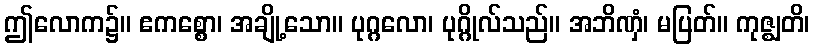
ဤလောက၌။ ဧကစ္စော၊ အချို့သော။ ပုဂ္ဂလော၊ ပုဂ္ဂိုလ်သည်။ အဘိဏှံ၊ မပြတ်။ ကုဇ္ဈတိ၊